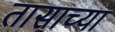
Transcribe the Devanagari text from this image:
तासाच्‍या